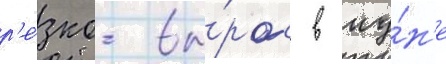
р'е́зко вы́рос в иу́н'е